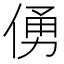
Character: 𠋀